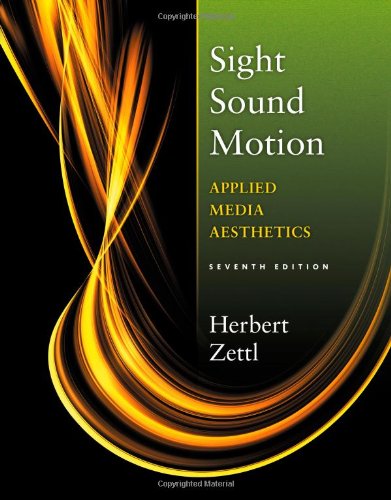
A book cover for Sight, Sound, Motion: Applied Media Aesthetics (The Wadsworth Series in Broadcast and Production); Herbert Zettl; Humor & Entertainment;